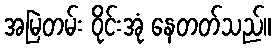
အမြဲတမ်း ဝိုင်းအုံ နေတတ်သည်။